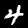
Digit: 4